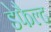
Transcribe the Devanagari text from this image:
डेफैल्ट